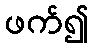
ဖက်၍